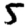
Digit: 5